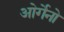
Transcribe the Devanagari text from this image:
ओर्गेनो